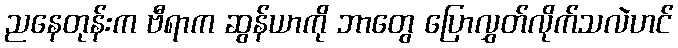
ညနေတုန်းက ဗီရာက ဆွန်ယာကို ဘာတွေ ပြောလွှတ်လိုက်သလဲဟင်